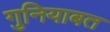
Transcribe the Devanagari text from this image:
गुनियाबत